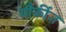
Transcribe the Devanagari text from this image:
यौर्कीज़